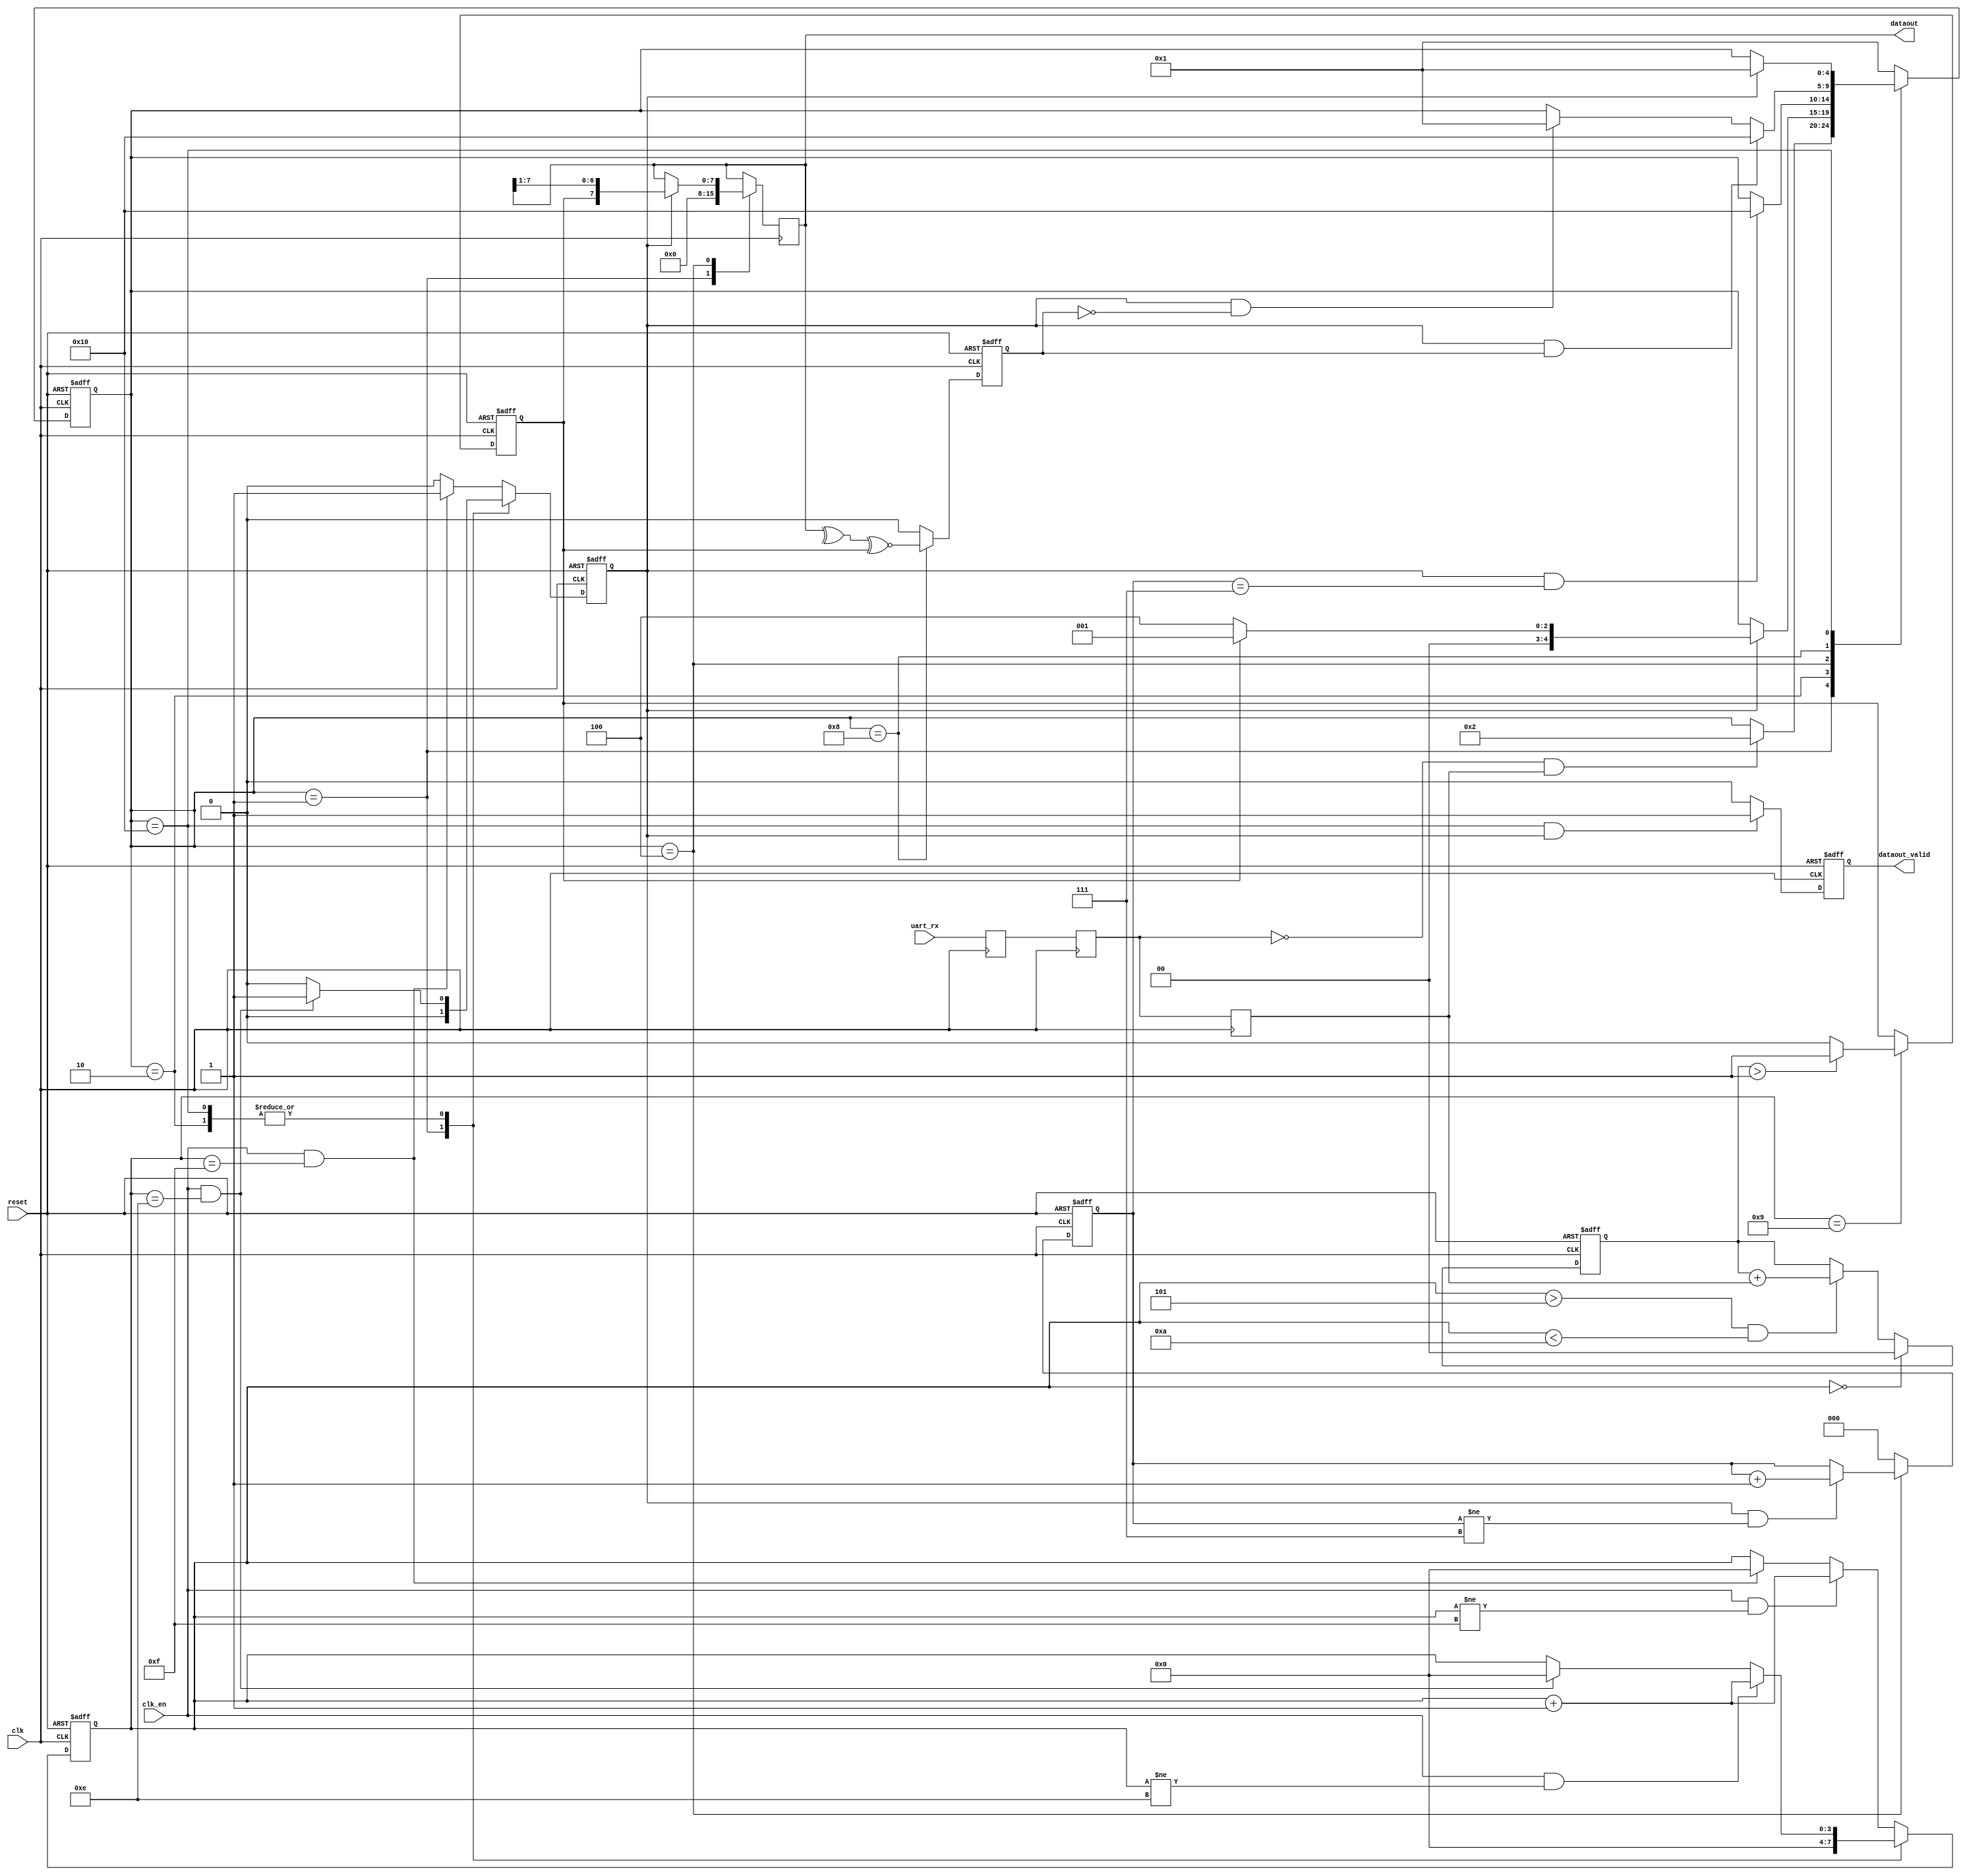
`timescale 1ns / 1ps
//////////////////////////////////////////////////////////////////////////////////
// Company: 
// Engineer: 
// 
// Design Name: 
// Module Name:    uart_rx_op 
// Project Name: 
// Target Devices: 
// Tool versions: 
// Description: 
//
// Dependencies: 
//
// Revision: 
// Revision 0.01 - File Created
// Additional Comments: 
//
//////////////////////////////////////////////////////////////////////////////////
module uart_rx
  #(
    parameter VERIFY_ON = 1'b0,
    parameter VERIFY_EVEN = 1'b0
    )
   (
    input            clk,
    input            clk_en,
    input            reset,
    input            uart_rx,
    output reg       dataout_valid,
    output reg [7:0] dataout 
    );

   reg [3:0]         clk_cnt = 4'h0;
   reg               clk_rx_en = 1'b0;   
   reg [1:0]         sample_cnt = 2'b0;
   reg               sample_value = 1'b0;   
   reg [2:0]         data_cnt = 3'b0;
   reg               uart_rx_i = 1'b0;
   reg               uart_rx_i2 = 1'b0;
   reg               uart_rx_i3 = 1'b0;
   reg               verify_ok = 1'b0;
   
   
   localparam [4:0]// synopsys enum state_info
     SM_IDLE = 5'b00001,
     SM_START_BIT  = 5'b00010,
     SM_DATA_BIT = 5'b00100,
     SM_VERIFY_BIT = 5'b01000,
     SM_STOP_BIT = 5'b10000;   

   reg [4:0]         /* synopsys enum state_info */
		     state = SM_IDLE;
   reg [4:0]         /* synopsys enum state_info */
		     next_state = SM_IDLE;

   
   /*AUTOASCIIENUM("state","state_asc","SM_")*/   
   // Beginning of automatic ASCII enum decoding
   reg [79:0]           state_asc;              // Decode of state
   always @(state) begin
      case ({state})
        SM_IDLE:       state_asc = "idle      ";
        SM_START_BIT:  state_asc = "start_bit ";
        SM_DATA_BIT:   state_asc = "data_bit  ";
        SM_VERIFY_BIT: state_asc = "verify_bit";
        SM_STOP_BIT:   state_asc = "stop_bit  ";
        default:       state_asc = "%Error    ";
      endcase
   end
   // End of automatics
   /*AUTOASCIIENUM("next_state","nstate_asc","SM_")*/
   // Beginning of automatic ASCII enum decoding
   reg [79:0]           nstate_asc;             // Decode of next_state
   always @(next_state) begin
      case ({next_state})
        SM_IDLE:       nstate_asc = "idle      ";
        SM_START_BIT:  nstate_asc = "start_bit ";
        SM_DATA_BIT:   nstate_asc = "data_bit  ";
        SM_VERIFY_BIT: nstate_asc = "verify_bit";
        SM_STOP_BIT:   nstate_asc = "stop_bit  ";
        default:       nstate_asc = "%Error    ";
      endcase
   end
   // End of automatics

   always @ ( posedge clk ) begin
      uart_rx_i2 <= uart_rx_i;
      uart_rx_i3 <= uart_rx_i2;
      uart_rx_i <= uart_rx;      
   end
   
   
   always @ ( posedge clk or posedge reset ) begin
      if(reset)
        state <= SM_IDLE;
      else
        state <= next_state;      
   end

   always @ ( posedge clk or posedge reset ) begin
      if(reset)
        data_cnt <= 3'd0;
      else begin
         case(state)
           SM_DATA_BIT:
             if(clk_rx_en && data_cnt != 3'd7)
               data_cnt <= data_cnt + 1'b1;
             else
               data_cnt <= data_cnt;
           default:
             data_cnt <= 3'd0;
         endcase // case (state)
      end
   end
   

   always @ ( /*AUTOSENSE*/clk_rx_en or data_cnt or sample_value
             or state or uart_rx_i2 or uart_rx_i3 or verify_ok) begin
      next_state = state;
      case(state)
        SM_IDLE:
          if( ~uart_rx_i2 && uart_rx_i3)
            next_state = SM_START_BIT;
        SM_START_BIT:
          if(clk_rx_en) begin
             if(~ sample_value)
               next_state = SM_DATA_BIT;        
             else
               next_state = SM_IDLE;
          end        
        SM_DATA_BIT:
          if(clk_rx_en && data_cnt == 3'd7)begin
             if(VERIFY_ON)
               next_state = SM_VERIFY_BIT;
             else
               next_state = SM_STOP_BIT;
          end        
        SM_VERIFY_BIT:
          if(clk_rx_en && verify_ok)
            next_state = SM_STOP_BIT;
          else if (clk_rx_en && ~verify_ok)
            next_state = SM_IDLE;        
        SM_STOP_BIT:
          if(clk_rx_en)
            next_state = SM_IDLE;
        default:
          next_state = SM_IDLE;
      endcase // case (state)        
   end

   always @ ( posedge clk or posedge reset ) begin
      if(reset) begin
         /*AUTORESET*/
         // Beginning of autoreset for uninitialized flops
         clk_cnt <= 4'h0;
         clk_rx_en <= 1'h0;
         // End of automatics
      end else begin
         case(state)
           SM_IDLE: begin
              clk_cnt <= 4'h0;
              clk_rx_en <= 1'b0;
           end              
           SM_START_BIT: begin
              if(clk_en && clk_cnt != 4'hE)
                clk_cnt <= clk_cnt + 1'b1;
              else if (clk_en && clk_cnt == 4'hE)
                clk_cnt <= 4'h0;
              else
                clk_cnt <= clk_cnt;
              if(clk_en && clk_cnt == 4'hE)
                clk_rx_en <= 1'b1;
              else
                clk_rx_en <= 1'b0;              
           end   
           SM_STOP_BIT:                 
            begin
              if(clk_en && clk_cnt != 4'hE)
                clk_cnt <= clk_cnt + 1'b1;
              else if (clk_en && clk_cnt == 4'hE)
                clk_cnt <= 4'h0;
              else
                clk_cnt <= clk_cnt;
              if(clk_en && clk_cnt == 4'hE)
                clk_rx_en <= 1'b1;
              else
                clk_rx_en <= 1'b0;              
            end
           default: begin
              if(clk_en && clk_cnt != 4'hF)
                clk_cnt <= clk_cnt + 1'b1;
              else if (clk_en && clk_cnt == 4'hF)
                clk_cnt <= 4'h0;
              else
                clk_cnt <= clk_cnt;
              if(clk_en && clk_cnt == 4'hF)
                clk_rx_en <= 1'b1;
              else
                clk_rx_en <= 1'b0;                            
           end
         endcase // case (state)           
      end // else: !if(reset)
   end // always @ ( posedge clk or posedge reset )
   
   always @ ( posedge clk or posedge reset ) begin
      if(reset)begin
         /*AUTORESET*/
         // Beginning of autoreset for uninitialized flops
         sample_cnt <= 2'h0;
         sample_value <= 1'h0;
         // End of automatics
      end else begin
         if(clk_cnt == 4'h0)
           sample_cnt <= 2'b0;         
         else if(clk_cnt > 5 && clk_cnt < 10)
           sample_cnt <= sample_cnt + uart_rx_i3;
         else
           sample_cnt <= sample_cnt;
         if(clk_cnt == 4'h9)
           if(sample_cnt > 2'h1)
             sample_value <= 1'b1;
           else
             sample_value <= 1'b0;
         else
           sample_value <= sample_value;
      end      
   end
   
   always @ ( posedge clk or posedge reset ) begin
      if(reset)
        verify_ok <= 1'b0;
      else begin
         if(state == SM_VERIFY_BIT)
           verify_ok <= (^dataout) ^ VERIFY_EVEN ^~ sample_value;
         else
           verify_ok <= 1'b0;
      end      
   end

   always @ ( posedge clk ) begin
      dataout <= dataout;      
      case(state)
        SM_IDLE:
          dataout <= 8'h0;
        SM_DATA_BIT:
          if(clk_rx_en)
            dataout <= {sample_value,dataout[7:1]};
        default;
      endcase // case (state)      
   end

   always @ ( posedge clk or posedge reset ) begin
      if(reset)
        dataout_valid <= 1'b0;
      else
        if(state == SM_STOP_BIT && clk_rx_en)
          dataout_valid <= 1'b1;
        else
          dataout_valid <= 1'b0;      
   end
   
   
endmodule